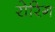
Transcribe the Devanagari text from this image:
रोरिग